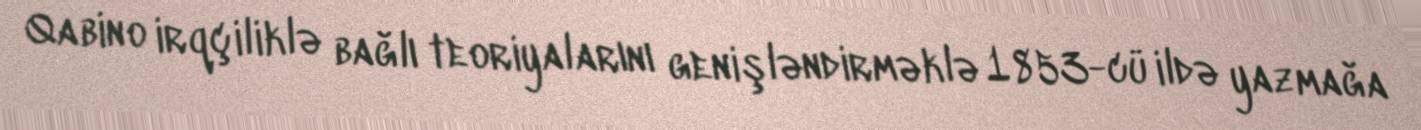
Qabino irqçiliklə bağlı teoriyalarını genişləndirməklə 1853-cü ildə yazmağa